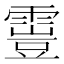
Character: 𩄟